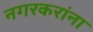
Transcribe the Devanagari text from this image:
नगरकरांना